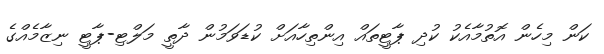
ކަން މިހެން އޮތުމާއެކު ކުދި ޕާޓީތައް އިންތިހާއަށް ކުޑަވަމުން ދާތީ މަލްޓި-ޕާޓީ ނިޒާމެއްގެ